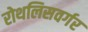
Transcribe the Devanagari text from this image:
रोथलिसवर्गर